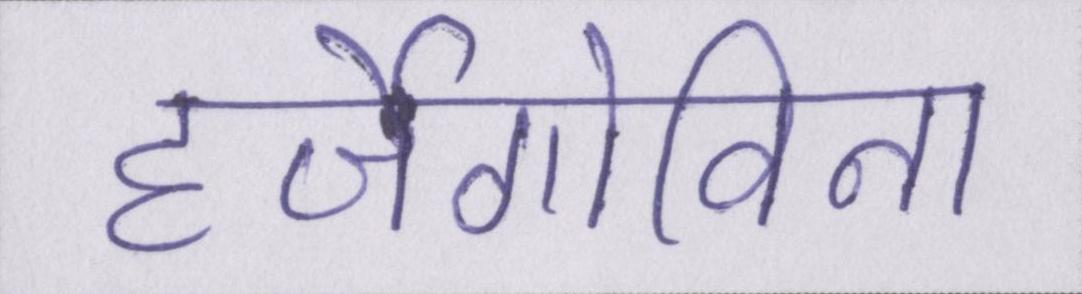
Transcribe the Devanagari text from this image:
हर्जेगोविना